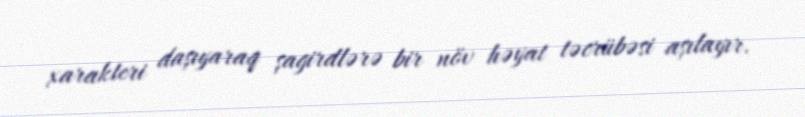
xarakteri daşıyaraq şagirdlərə bir növ həyat təcrübəsi aşılayır.